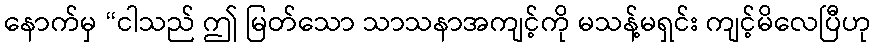
နောက်မှ “ငါသည် ဤ မြတ်သော သာသနာအကျင့်ကို မသန့်မရှင်း ကျင့်မိလေပြီဟု